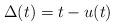
LaTeX: \begin{align*}\Delta(t)=t-u(t)\end{align*}